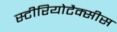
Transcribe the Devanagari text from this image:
स्टीरियोटैक्सीस